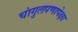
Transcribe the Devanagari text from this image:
चांगुलपणापेक्षा